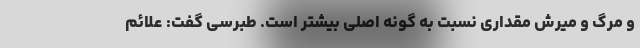
و مرگ و میرش مقداری نسبت به گونه اصلی بیشتر است. طبرسی گفت: علائم